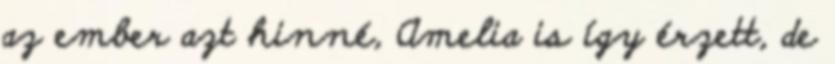
az ember azt hinné, Amelia is így érzett, de